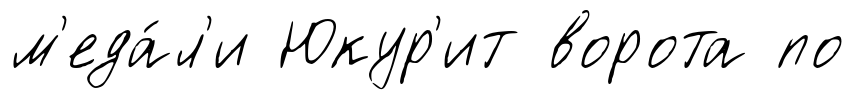
м'еда́л'и Юкур'ит ворота по